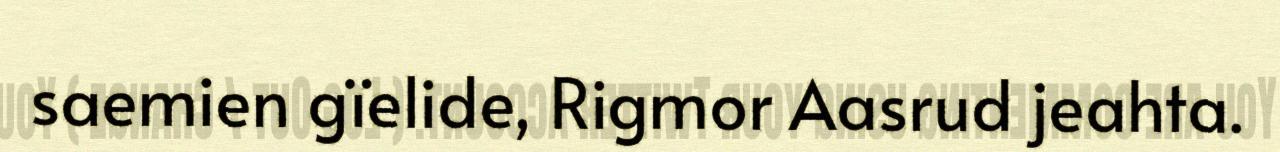
saemien gïelide, Rigmor Aasrud jeahta.